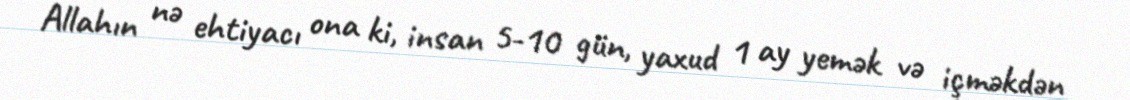
Allahın nə ehtiyacı ona ki, insan 5-10 gün, yaxud 1 ay yemək və içməkdən